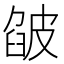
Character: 𤿷